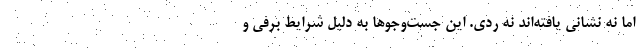
اما نه نشانی یافته‌اند نه ردی. این جست‌وجو‌ها به دلیل شرایط برفی و